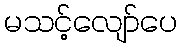
မသင့်လျော်ပေ